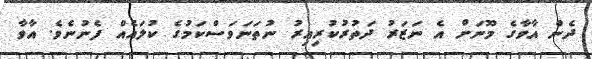
ދެން އާވާގެ މޫނަށް އެ ނަޒަރު ދަތުރުކުރިއިރު ނުތަނަވަސްކަމުގެ ކުލައެއް ފެނުނެވެ. އާވާ